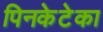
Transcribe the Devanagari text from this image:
पिनकेटेका